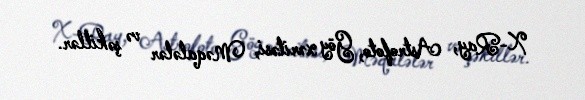
X-Ray, Astrofoto, Göy xəritəsi, Məqalələr və şəkillər.